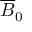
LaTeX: { \overline { { B } } } _ { 0 }